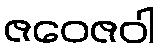
ဇဝေဇဝါ